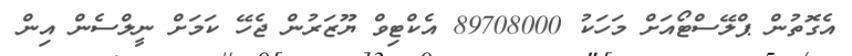
އެގޮތުން ޕްލޭސްޓޯއަށް މަހަކު 89708000 އެކްޓިވް ޔޫޒަރުން ޖެހޭ ކަމަށް ނީލްސެން އިން